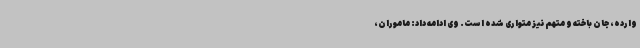
وارده، جان باخته و متهم نیز متواری شده است. وی ادامه داد: ماموران،